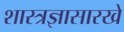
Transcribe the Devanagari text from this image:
शास्त्रज्ञासारखे